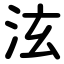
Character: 泫